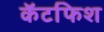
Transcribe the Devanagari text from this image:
कॅटफिश